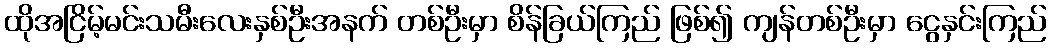
ထိုအငြိမ့်မင်းသမီးလေးနှစ်ဦးအနက် တစ်ဦးမှာ စိန်ခြယ်ကြည် ဖြစ်၍ ကျန်တစ်ဦးမှာ ငွေနှင်းကြည်